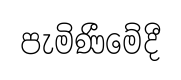
පැමිණීමේදී